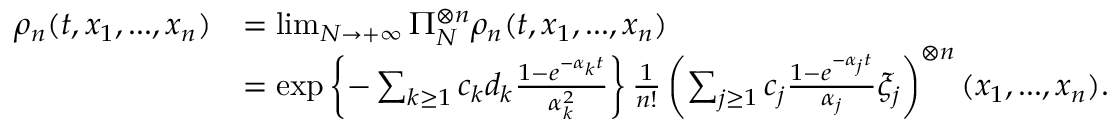
\begin{array} { r l } { \rho _ { n } ( t , x _ { 1 } , . . . , x _ { n } ) } & { = \operatorname* { l i m } _ { N \to + \infty } \Pi _ { N } ^ { \otimes n } \rho _ { n } ( t , x _ { 1 } , . . . , x _ { n } ) } \\ & { = \exp \left\{ - \sum _ { k \geq 1 } c _ { k } d _ { k } \frac { 1 - e ^ { - \alpha _ { k } t } } { \alpha _ { k } ^ { 2 } } \right\} \frac { 1 } { n ! } \left( \sum _ { j \geq 1 } c _ { j } \frac { 1 - e ^ { - \alpha _ { j } t } } { \alpha _ { j } } \xi _ { j } \right) ^ { \otimes n } ( x _ { 1 } , . . . , x _ { n } ) . } \end{array}